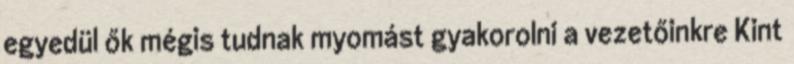
egyedül ők mégis tudnak myomást gyakorolni a vezetőinkre Kint